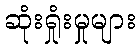
ဆုံးရှုံးမှုများ